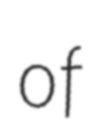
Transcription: of